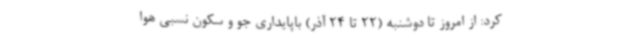
کرد: از امروز تا دوشنبه (22 تا 24 آذر) باپایداری جو و سکون نسبی هوا